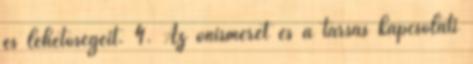
és lehetőségeit. 4. Az önismeret és a társas kapcsolati